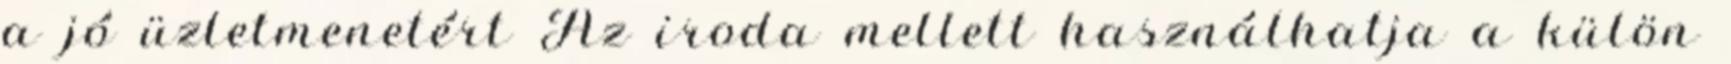
a jó üzletmenetért Az iroda mellett használhatja a külön